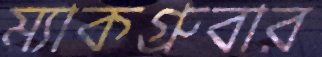
ম্যাকগ্রুবার